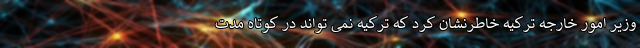
وزیر امور خارجه ترکیه خاطرنشان کرد که ترکیه نمی تواند در کوتاه مدت